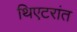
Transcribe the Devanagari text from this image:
थिएटरांत